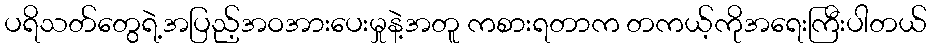
ပရိသတ်တွေရဲ့အပြည့်အဝအားပေးမှုနဲ့အတူ ကစားရတာက တကယ့်ကိုအရေးကြီးပါတယ်